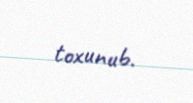
toxunub.